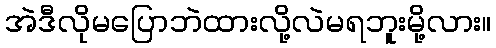
အဲဒီလိုမပြောဘဲထားလို့လဲမရဘူးမို့လား။